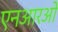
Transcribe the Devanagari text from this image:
एनआरओ